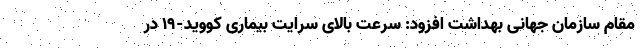
مقام سازمان جهانی بهداشت افزود: سرعت بالای سرایت بیماری کووید-۱۹ در